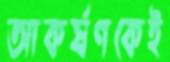
আকর্ষণকেই